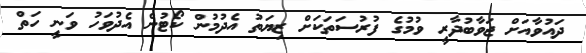
ދައުވާއަށް ޖަވާބުދާރީ ވުމުގެ ފުރުސަތަކަށް ޒިޔަތު އެދުމުން ކޯޓުން އެދުވަހު ވަނީ ހަތް